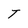
Character: T